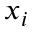
x _ { i }